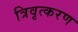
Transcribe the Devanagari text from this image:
त्रिवृत्करण